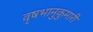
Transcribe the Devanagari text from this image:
वृषभानुकुमारी